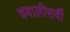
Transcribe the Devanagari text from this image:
चवालीसवीं